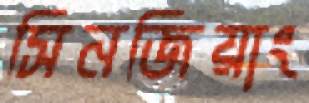
সিনজিয়াং